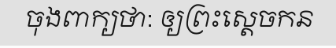
ចុងពាក្យថា: ឲ្យព្រះស្តេចកន